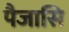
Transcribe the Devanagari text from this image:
पैजासि